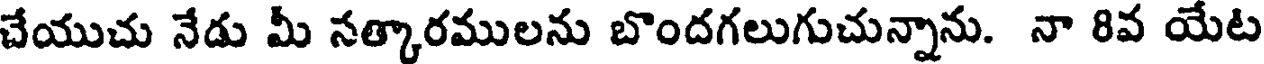
చేయుచు నేడు మీ నత్కారములను బొందగలుగుచున్నాను. నా 8వ యేట